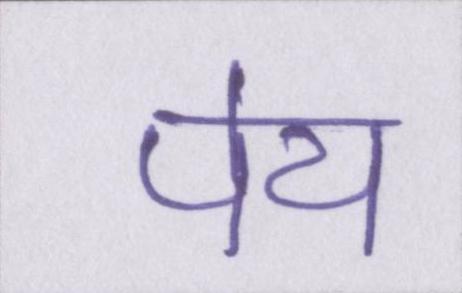
पेय